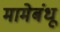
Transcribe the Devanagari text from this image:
मामेबंधू